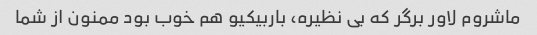
ماشروم لاور برگر که بی نظیره، باربیکیو هم خوب بود ممنون از شما